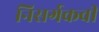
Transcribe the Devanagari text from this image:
निसर्गकवी